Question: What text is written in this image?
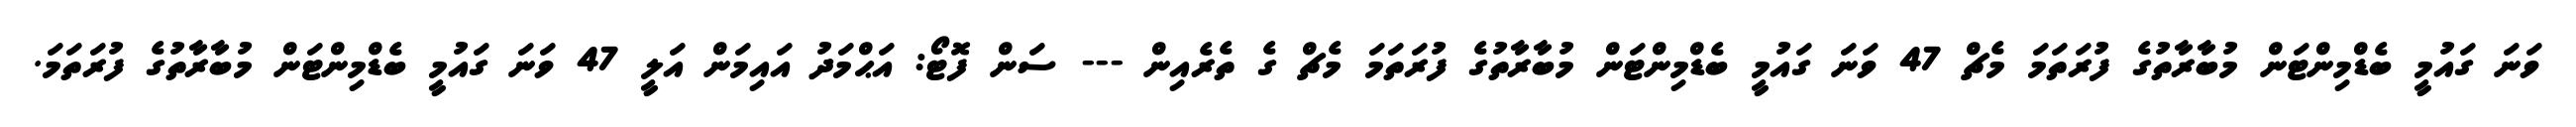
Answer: ވަނަ ގައުމީ ބެޑްމިންޓަން މުބާރާތުގެ ފުރަތަމަ މެޗް 47 ވަނަ ގައުމީ ބެޑްމިންޓަން މުބާރާތުގެ ފުރަތަމަ މެޗް ގެ ތެރެއިން --- ސަން ފޮޓޯ: އަޙްމަދު އައިމަން އަލީ 47 ވަނަ ގައުމީ ބެޑްމިންޓަން މުބާރާތުގެ ފުރަތަމަ.